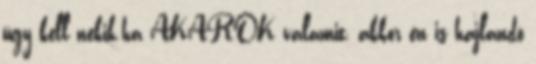
úgy kell nekik.ha AKAROK valamit, akkor én is hajlandó